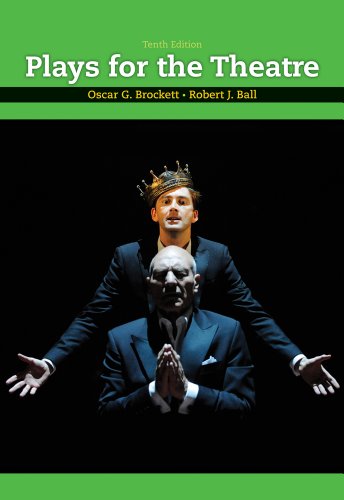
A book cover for Plays for the Theatre; Oscar G. Brockett; Literature & Fiction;